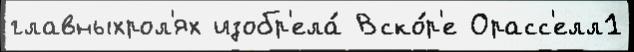
главныхрол'ях изобр'ела́ Вско́р'е Орасс'елл1